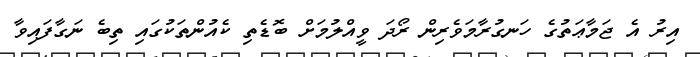
އިރު އެ ޖަމާޢަތުގެ ހަނގުރާމަވެރިން ރޯދަ ވީއްލުމަށް ބޮޑެތި ކެއުންތަކުގައި ތިބެ ނަގާފައިވާ